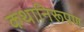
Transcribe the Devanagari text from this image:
कथानिरूपण